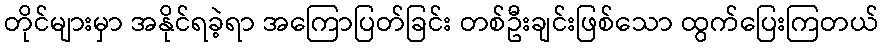
တိုင်များမှာ အနိုင်ရခဲ့ရာ အကြောပြတ်ခြင်း တစ်ဦးချင်းဖြစ်သော ထွက်ပြေးကြတယ်